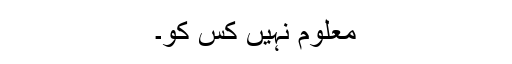
معلوم نہیں کس کو۔